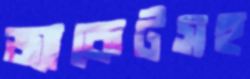
জ্যাকেটসহ